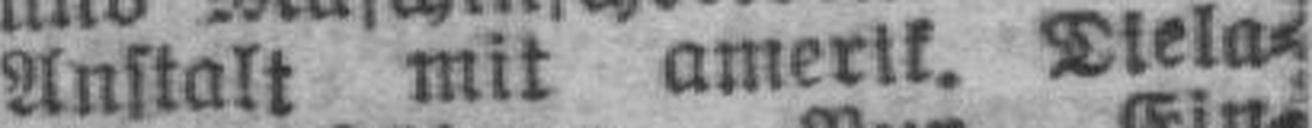
Anstalt mit amerik. Diela¬